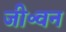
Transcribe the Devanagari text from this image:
जी॰वन